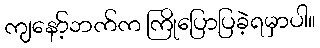
ကျနော့်ဘက်က ကြိုပြောပြခဲ့ရမှာပါ။